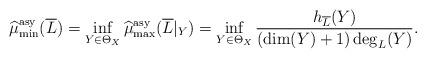
LaTeX: \begin{align*}\widehat{\mu}_{\min}^{\mathrm{asy}}(\overline L)= \inf_{Y\in \Theta_X}\widehat{\mu}_{\max}^{\mathrm{asy}}(\overline L|_Y) = \inf_{Y\in \Theta_X}\frac{h_{\overline L}(Y)}{(\dim(Y)+1)\deg_L(Y)}.\end{align*}